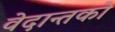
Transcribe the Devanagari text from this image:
वेदान्तकाे